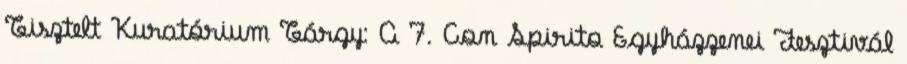
Tisztelt Kuratórium Tárgy: A 7. Con Spirito Egyházzenei Fesztivál